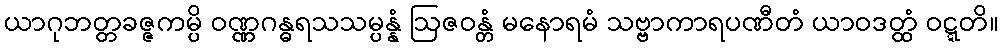
ယာဂုဘတ္တခဇ္ဇကမ္ပိ ဝဏ္ဏဂန္ဓရသသမ္ပန္နံ ဩဇဝန္တံ မနောရမံ သဗ္ဗာကာရပဏီတံ ယာဝဒတ္ထံ ဝဋ္ဋတိ။